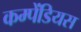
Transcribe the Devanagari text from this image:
कम्पेंडियस